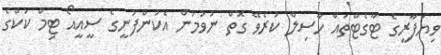
ވިޔަފާރީގެ ޓާގެޓްތައް ހާސިލް ކުރެވޭ ގޮތް ނުވުމުން އެކުންފުނީގެ ސީއީއޯ ޓިމް ކުކްގެ